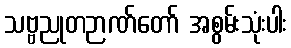
သဗ္ဗညုတဉာဏ်တော် အစွမ်းသုံးပါး